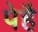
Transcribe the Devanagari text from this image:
पेहै